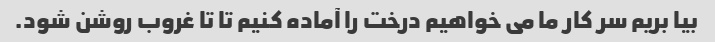
بیا بریم سر کار ما می خواهیم درخت را آماده کنیم تا تا غروب روشن شود.